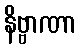
နိဗ္ဗာဏာ